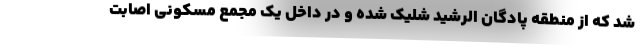
شد که از منطقه پادگان الرشید شلیک شده و در داخل یک مجمع مسکونی اصابت